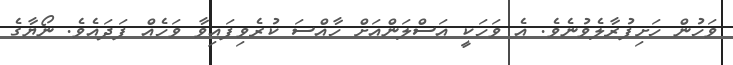
ވަހުން ހަށިފުރާލެވުނެވެ. އެ ވަހަކީ އަސްލަންއަށް ހާއްސަ ކުރެވިފައިވާ ވަހެއް ފަދައެވެ. ނޯޔާގެ